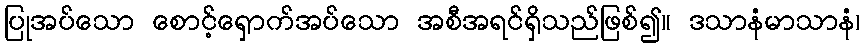
ပြုအပ်သော စောင့်ရှောက်အပ်သော အစီအရင်ရှိသည်ဖြစ်၍။ ဒသာနံမာသာနံ၊